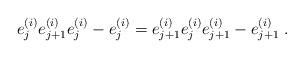
LaTeX: \begin{align*}e_j^{(i)}e_{j+1}^{(i)}e_j^{(i)}-e_j^{(i)}=e_{j+1}^{(i)}e_{j}^{(i)}e_{j+1}^{(i)}-e_{j+1}^{(i)}\; .\end{align*}